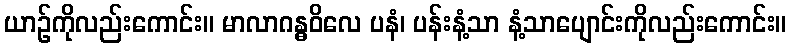
ယာဉ်ကိုလည်းကောင်း။ မာလာဂန္ဓဝိလေ ပနံ၊ ပန်းနံ့သာ နံ့သာပျောင်းကိုလည်းကောင်း။